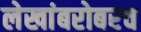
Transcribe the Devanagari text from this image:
लेखांबरोबरच